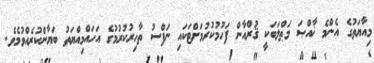
މިއާޔަތުގެ އެންމެ ޚާއްްޞަ މަޠްލަބަކީ ޤުރްއާން ފަހުމުކުރުމަށްޓަކައި ނަފްސު ތާހިރުކުރުމުގެ އަހައްމިއްޔަތު ބަޔާންކުރެއްވުމެވެ.